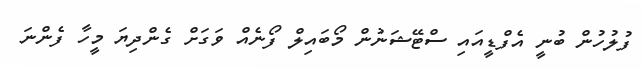
ފުލުހުން ބުނީ އެފްޑީއައި ސްޓޭޝަނުން މޯބައިލް ފޯނެއް ވަގަށް ގެންދިޔަ މީހާ ފެންނަ